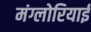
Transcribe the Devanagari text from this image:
मंग्लोरियाई